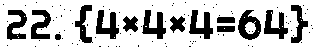
22. {4×4×4=64}